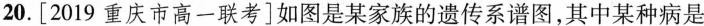
20.[2019重庆市高一联考]如图是某家族的遗传系谱图，其中某种病是